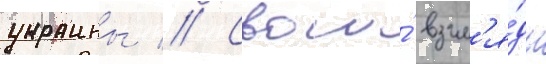
украины // Свои́ взгл'я́ды